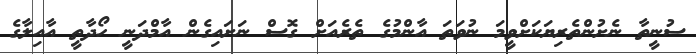
ސުނީތާ ނެށުންތެރިޔަކަށްވީމަ ނުވަތަ އާންމުގެ ތެރެއަށް ގޮސް ނަށައިގެން އާމްދަނީ ހޯދާތީ އާއިލާގެ